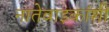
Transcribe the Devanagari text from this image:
नातेवाइकांशी